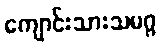
ကျောင်းသားသမဂ္ဂ